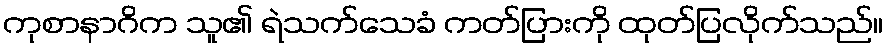
ကုစာနာဂိက သူ၏ ရဲသက်သေခံ ကတ်ပြားကို ထုတ်ပြလိုက်သည်။